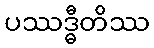
ပဿဒ္ဓီတိဿ